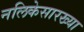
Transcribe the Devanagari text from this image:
नलिकेसारख्या